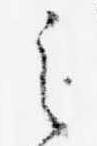
之